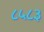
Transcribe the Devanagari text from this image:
८५८३